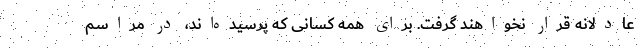
عادلانه قرار نخواهند گرفت. برای همه کسانی که پرسیده‌اند، در مراسم